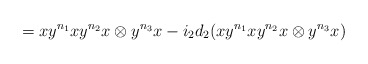
\begin{align*}= xy^{n_1}xy^{n_2}x \otimes y^{n_3}x - i_2d_2(xy^{n_1}xy^{n_2}x \otimes y^{n_3}x) \end{align*}